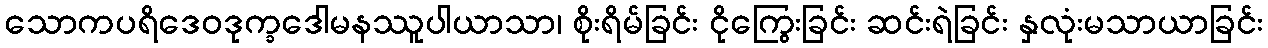
သောကပရိဒေဝဒုက္ခဒေါမနဿူပါယာသာ၊ စိုးရိမ်ခြင်း ငိုကြွေးခြင်း ဆင်းရဲခြင်း နှလုံးမသာယာခြင်း